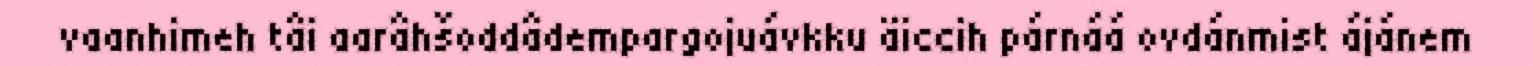
vaanhimeh tâi aarâhšoddâdempargojuávkku äiccih párnáá ovdánmist ájánem